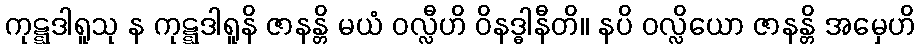
ကုဋ္ဋဒါရူသု န ကုဋ္ဋဒါရူနိ ဇာနန္တိ မယံ ဝလ္လီဟိ ဝိနဒ္ဓါနီတိ။ နပိ ဝလ္လိယော ဇာနန္တိ အမှေဟိ